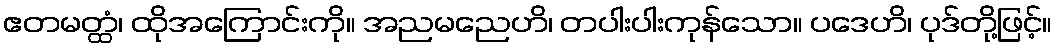
ဧတမတ္ထံ၊ ထိုအကြောင်းကို။ အညမညေဟိ၊ တပါးပါးကုန်သော။ ပဒေဟိ၊ ပုဒ်တို့ဖြင့်။